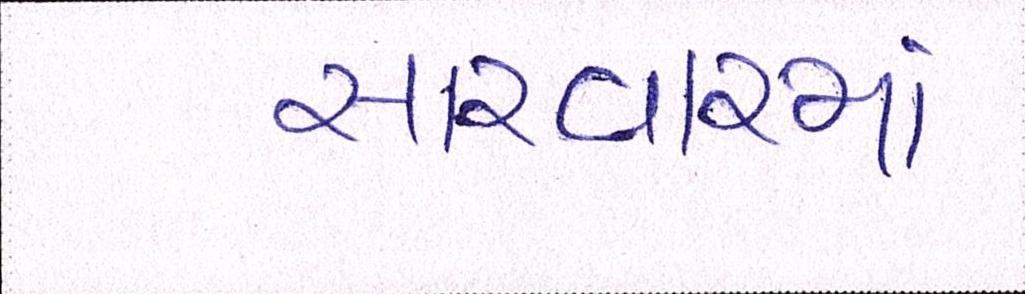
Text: સારવારમાં